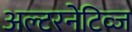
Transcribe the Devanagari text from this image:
अल्टरनेटिव्ज